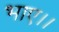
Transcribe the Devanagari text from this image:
भाए।।